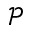
\mathcal { P }